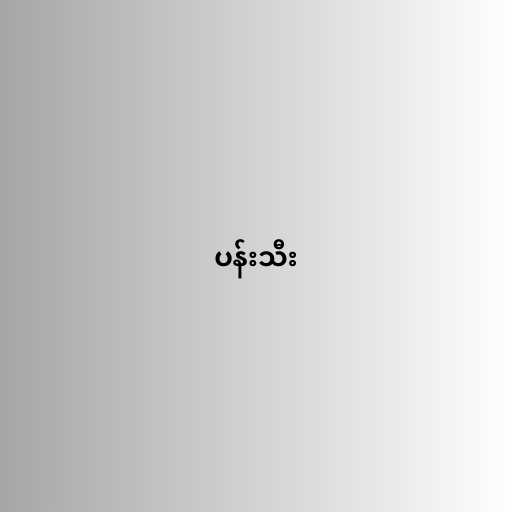
ပန်းသီး